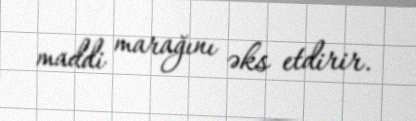
maddi marağını əks etdirir.